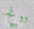
وونج